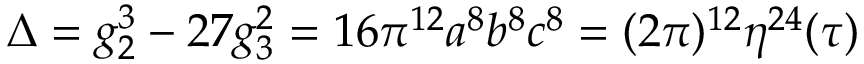
\Delta = g _ { 2 } ^ { 3 } - 2 7 g _ { 3 } ^ { 2 } = 1 6 \pi ^ { 1 2 } a ^ { 8 } b ^ { 8 } c ^ { 8 } = ( 2 \pi ) ^ { 1 2 } \eta ^ { 2 4 } ( \tau )